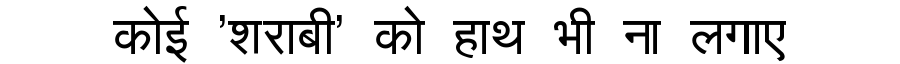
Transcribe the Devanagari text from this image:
कोई 'शराबी' को हाथ भी ना लगाए